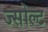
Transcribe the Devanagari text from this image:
ज्सोल्ट